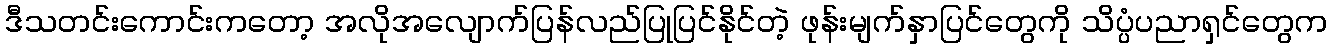
ဒီသတင်းကောင်းကတော့ အလိုအလျောက်ပြန်လည်ပြုပြင်နိုင်တဲ့ ဖုန်းမျက်နှာပြင်တွေကို သိပ္ပံပညာရှင်တွေက